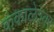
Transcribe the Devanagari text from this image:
कंकालेश्‍वर